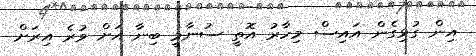
އިން ގުޅިގެން އައިސް މިހާރު އޮތީ ސުނާމީ ބިނާ އަށް ވުރެ އިރަށް